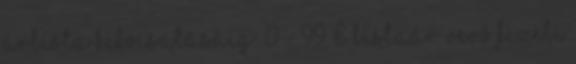
árlista kibocsátásáig. 0 - 99 € Listaár vevõ fizeti